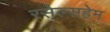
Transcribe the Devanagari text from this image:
रसेल्सहेम